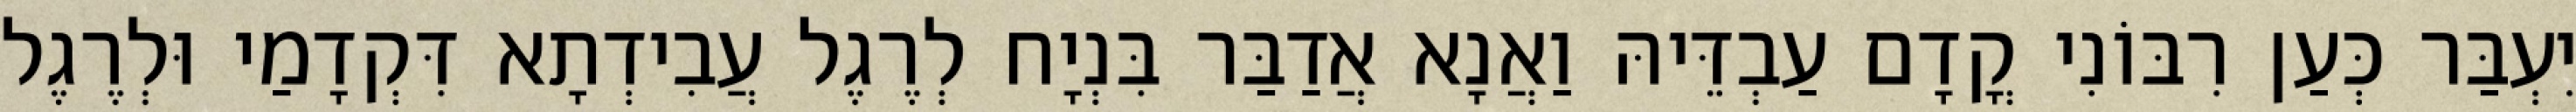
יִעְבַּר כְּעַן רִבּוֹנִי קֳדָם עַבְדֵּיהּ וַאֲנָא אֲדַבַּר בִּנְיָח לְרֶגֶל עֲבִידְתָא דִּקְדָמַי וּלְרֶגֶל